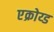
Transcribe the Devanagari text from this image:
एक्रोय्ड